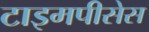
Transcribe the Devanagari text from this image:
टाइमपीसेस